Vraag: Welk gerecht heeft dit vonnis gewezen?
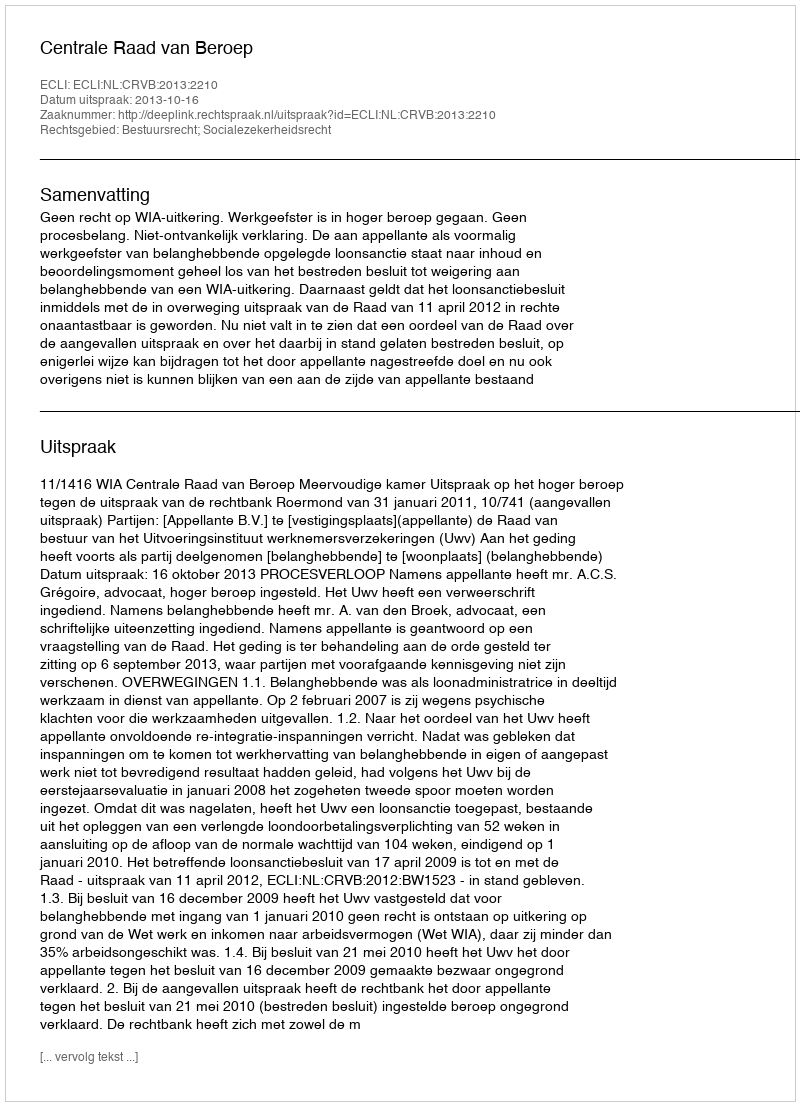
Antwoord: Centrale Raad van Beroep